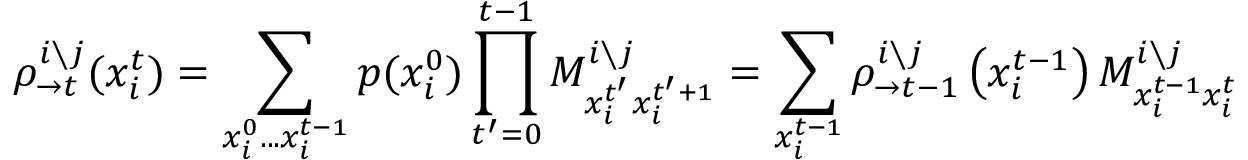
\rho _ { \rightarrow t } ^ { i \setminus j } ( x _ { i } ^ { t } ) = \sum _ { x _ { i } ^ { 0 } . . . x _ { i } ^ { t - 1 } } p ( x _ { i } ^ { 0 } ) \prod _ { t ^ { \prime } = 0 } ^ { t - 1 } M _ { x _ { i } ^ { t ^ { \prime } } x _ { i } ^ { t ^ { \prime } + 1 } } ^ { i \setminus j } = \sum _ { x _ { i } ^ { t - 1 } } \rho _ { \rightarrow t - 1 } ^ { i \setminus j } \left( x _ { i } ^ { t - 1 } \right) M _ { x _ { i } ^ { t - 1 } x _ { i } ^ { t } } ^ { i \setminus j }